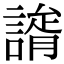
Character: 𧫐